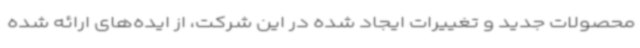
محصولات جدید و تغییرات ایجاد شده در این شرکت، از ایده‌های ارائه شده